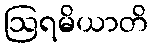
ဩရမိယာတိ